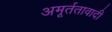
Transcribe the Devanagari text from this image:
अमूर्ततावादी